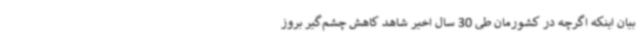
بیان اینکه اگرچه در کشورمان طی 30 سال اخیر شاهد کاهش چشم‌گیر بروز